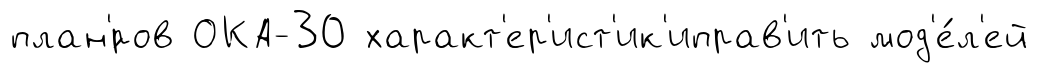
план'́ров ОКА-30 характ'ер'ист'ик'иправ'ить мод'е́л'ей